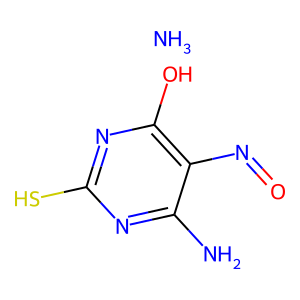
SMILES: N.Nc1nc(S)nc(O)c1N=O
Inhibits HIV replication: No